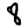
Digit: 8